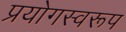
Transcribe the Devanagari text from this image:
प्रयोगस्वरूप